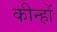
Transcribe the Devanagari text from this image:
कीन्हों